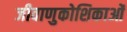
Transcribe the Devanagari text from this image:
जीवाणुकोशिकाओं